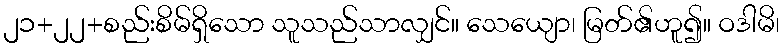
၂၁+၂၂+စည်းစိမ်ရှိသော သူသည်သာလျှင်။ သေယျော၊ မြတ်၏ဟူ၍။ ဝဒါမိ၊